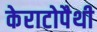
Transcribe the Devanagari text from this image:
केराटोपैथी